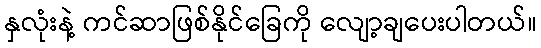
နှလုံးနဲ့ ကင်ဆာဖြစ်နိုင်ခြေကို လျော့ချပေးပါတယ်။